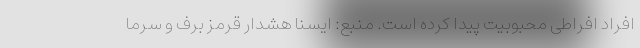
افراد افراطی محبوبیت پیدا کرده است. منبع: ایسنا هشدار قرمز برف و سرما